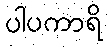
ပါပကာရိ